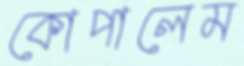
কোপালেম